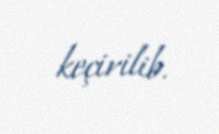
keçirilib.